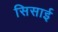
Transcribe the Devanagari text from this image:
सिसाई